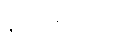
နာဂမေထာတိ